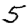
Digit: 5